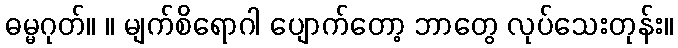
ဓမ္မဂုတ်။ ။ မျက်စိရောဂါ ပျောက်တော့ ဘာတွေ လုပ်သေးတုန်း။